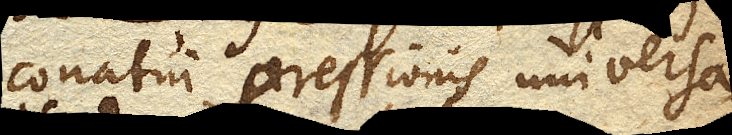
conatui pressionis universa–